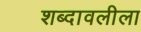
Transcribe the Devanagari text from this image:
शब्दावलीला